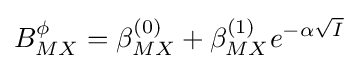
B_{MX}^{\phi }=\beta _{MX}^{(0)}+\beta _{MX}^{(1)}e^{-\alpha {\sqrt {I}}}